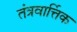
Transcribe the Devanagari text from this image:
तंत्रवार्त्तिक